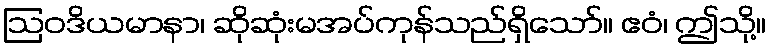
ဩဝဒိယမာနာ၊ ဆိုဆုံးမအပ်ကုန်သည်ရှိသော်။ ဧဝံ၊ ဤသို့။